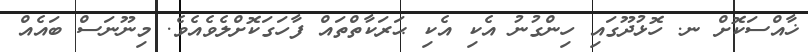
ޚާއްސަކޮށް ނ. ހޮޅުދޫގައި ހިންގުނު އެކި އެކި ޙަރަކާތްތައް ފާހަގަކޮށްލެވެއެވެ. މިނޫނަސް ބައެއް